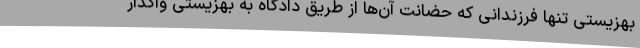
بهزیستی تنها فرزندانی که حضانت آن‌ها از طریق دادگاه به بهزیستی واگذار